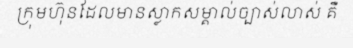
ក្រុមហ៊ុនដែលមានស្លាកសម្គាល់ច្បាស់លាស់ គឺ